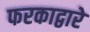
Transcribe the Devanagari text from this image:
फरकाद्वारे